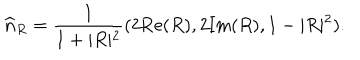
\widehat { \bf n } _ { R } = \frac { 1 } { 1 + \vert R \vert ^ { 2 } } ( 2 \mathrm { R e } ( R ) , 2 \mathrm { I m } ( R ) , 1 - \vert R \vert ^ { 2 } ) .